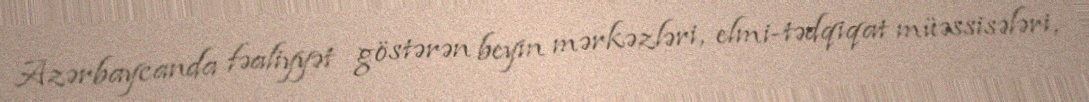
Azərbaycanda fəaliyyət göstərən beyin mərkəzləri, elmi-tədqiqat müəssisələri,